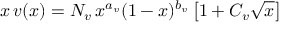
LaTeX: x \, v ( x ) = N _ { v } \, x ^ { a _ { v } } ( 1 - x ) ^ { b _ { v } } \left[ 1 + C _ { v } \sqrt { x } \right]